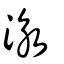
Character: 泳